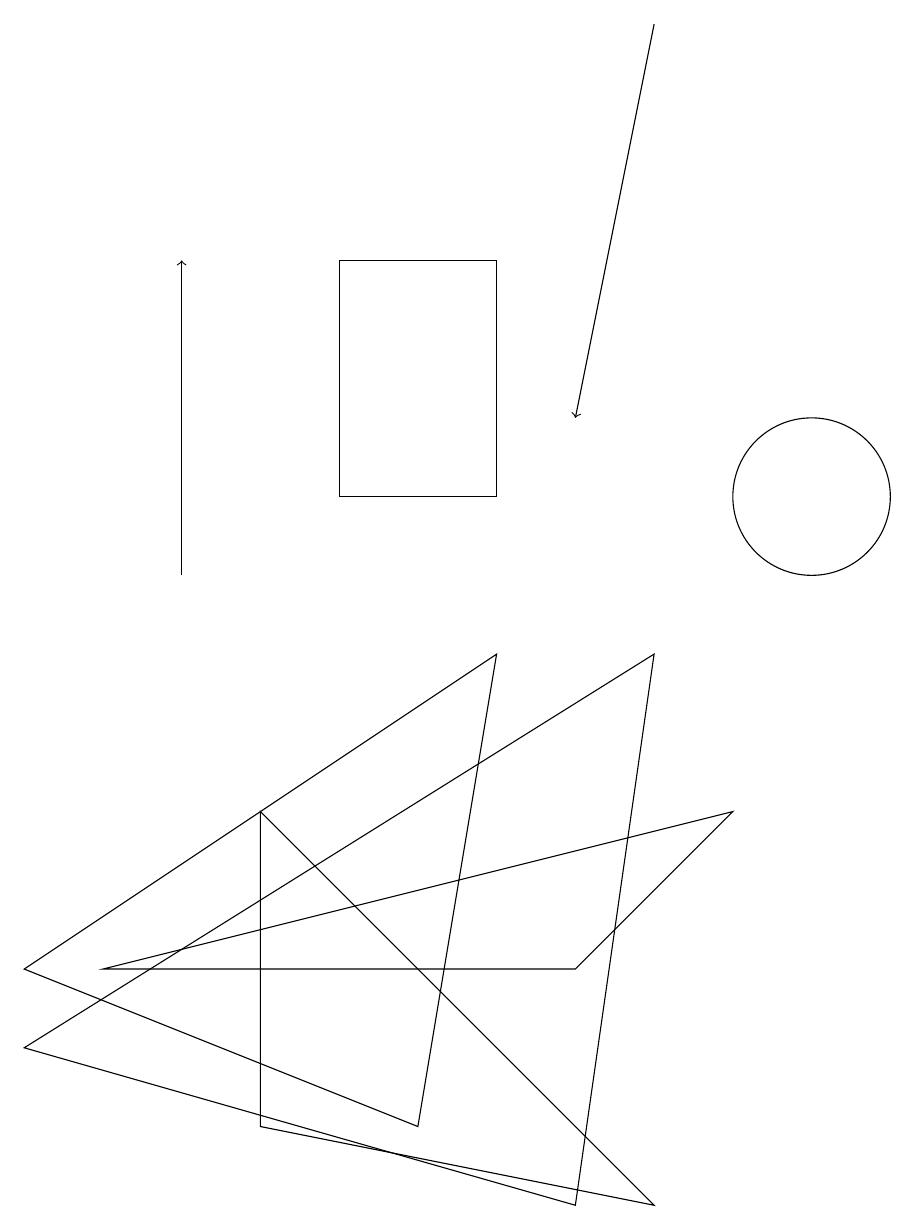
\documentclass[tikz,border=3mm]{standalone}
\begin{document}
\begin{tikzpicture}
\draw (4,11) rectangle (6,14);
\draw (7,5) -- (9,7) -- (1,5) -- cycle;
\draw (10,11) circle (1);
\draw (8,9) -- (7,2) -- (0,4) -- cycle;
\draw (3,3) -- (3,7) -- (8,2) -- cycle;
\draw[->] (8,17) -- (7,12);
\draw[->] (2,10) -- (2,14);
\draw (6,9) -- (0,5) -- (5,3) -- cycle;
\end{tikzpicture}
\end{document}